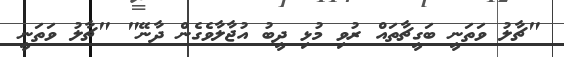
"ޗާލު ވަތަނީ ބަގީޗާތައް ރުވި މުޅި ދީބު އުޖާލާވެގެން ދާނޭ" "ޗާލު ވަތަނީ